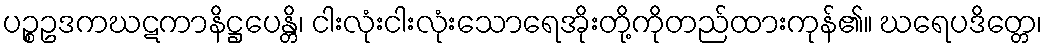
ပဉ္စဥဒကဃဋကာနိဋ္ဌပေန္တိ၊ ငါးလုံးငါးလုံးသောရေအိုးတို့ကိုတည်ထားကုန်၏။ ဃရေပဒိတ္တေ၊